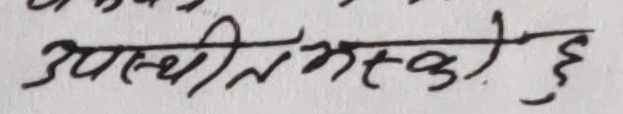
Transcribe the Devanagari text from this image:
उपस्थित भर्स्की छु